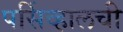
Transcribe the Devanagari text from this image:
पर्सिव्हालची